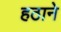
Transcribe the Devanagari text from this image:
हठाने